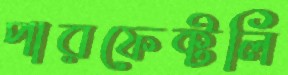
পারফেক্টলি